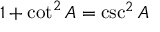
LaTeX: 1 + \cot ^ { 2 } A = \csc ^ { 2 } A